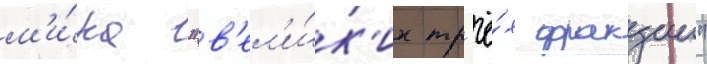
м'и́ра "в'ел'и́к'их тр'ё́х фракции"